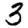
Digit: 3